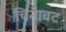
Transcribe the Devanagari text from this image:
चिनावट